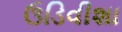
ઉડિવીશા